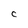
Character: C